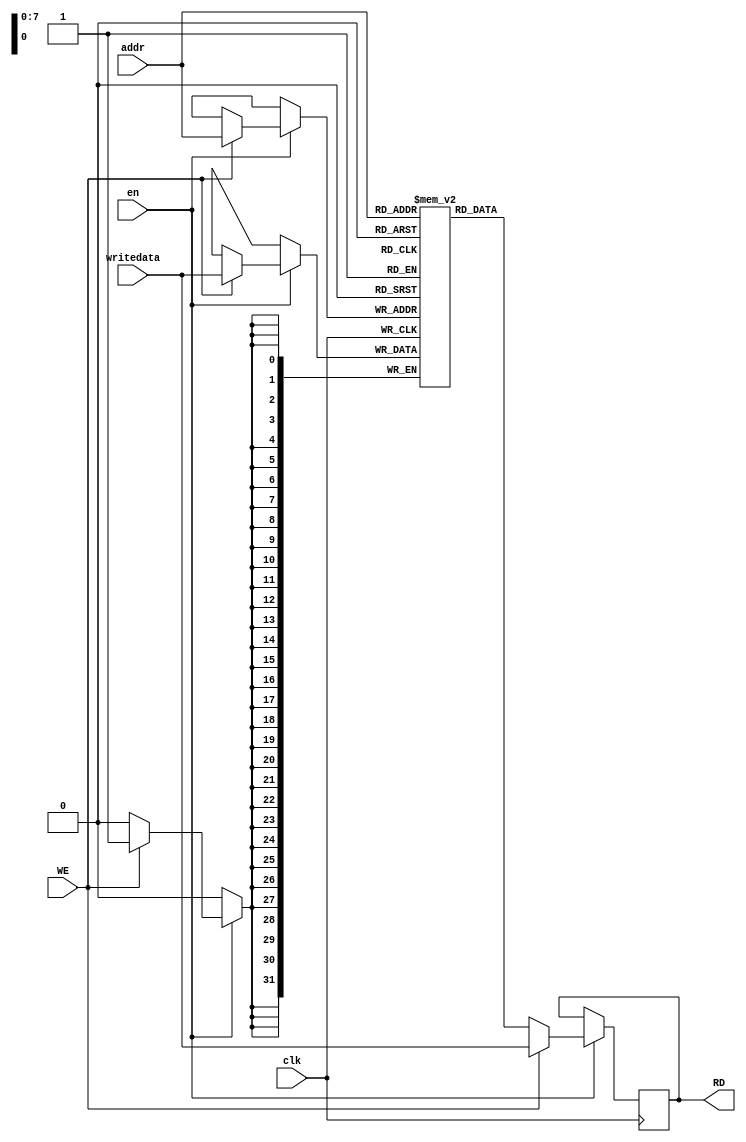
`timescale 1ns / 1ps

// Write First Mode

module DataMemoryRAM #(parameter DEPTH=256,ADDRESS_WIDTH=8,DATA_WIDTH=32)
   (
    input 			clk,
    input 			en,
    input 			WE,
    input [ADDRESS_WIDTH-1:0] 	addr,
    input [DATA_WIDTH-1:0] 	writedata,
    output reg [DATA_WIDTH-1:0] RD
    );

   reg [DATA_WIDTH-1:0] 	      RAM [DEPTH-1:0];

   initial
     begin
	//$readmemb("InstructionMemoryRAM.data",RAM,0,DEPTH-1);
	
RD = 32'b00000000000000000000000000000000;

RAM[0] = 32'b10010100001000000110111100101111;
RAM[1] = 32'b11011001011011011000111111110000;
RAM[2] = 32'b00000000111111111100000000111111;
RAM[3] = 32'b11111111111111111111111111111110;
RAM[4] = 32'b01110000001000001111001001111011;
RAM[5] = 32'b01001001111111100110110001110110;
RAM[6] = 32'b01010001110001000000100111110010;
RAM[7] = 32'b11111100000001001000001000100110;
RAM[8] = 32'b00100000011001110110000010011111;
RAM[9] = 32'b01101001110111010110100001010100;
RAM[10] = 32'b00010111010100001010011001110111;
RAM[11] = 32'b10011101001001111001111000100011;
RAM[12] = 32'b00111110000011011001101100100101;
RAM[13] = 32'b11000100111101001010001100101110;
RAM[14] = 32'b00111111000110100001010001011001;
RAM[15] = 32'b01010001000001011101001011001001;
RAM[16] = 32'b10110101001011100111101101111110;
RAM[17] = 32'b00001011100001101010111101000100;
RAM[18] = 32'b10111000100101110111010000000111;
RAM[19] = 32'b10000101110100001011111100101010;
RAM[20] = 32'b00111100010110100111000000010001;
RAM[21] = 32'b01010011110001000101001000010000;
RAM[22] = 32'b10110000000001000010111111011010;
RAM[23] = 32'b00110010010001111010100010101001;
RAM[24] = 32'b00010110101110000010010010000101;
RAM[25] = 32'b10010111100001111011111010101110;
RAM[26] = 32'b11110000110101011100101000011110;
RAM[27] = 32'b00010011111111001110100101010111;
RAM[28] = 32'b11010111001111000101110100001110;
RAM[29] = 32'b11010101110010111110011001111000;
RAM[30] = 32'b00101110100001101001000011101101;
RAM[31] = 32'b11001100110001010010010001011110;
RAM[32] = 32'b01110110010110010111011001010101;
RAM[33] = 32'b01000001100000110000111001110100;
RAM[34] = 32'b00010100100000100110000011111111;
RAM[35] = 32'b01000000010111110010010110001111;
RAM[36] = 32'b10010011110001000100110010000101;
RAM[37] = 32'b10000010110000000111011111110100;
RAM[38] = 32'b11001100000011110000111000000001;
RAM[39] = 32'b10101111010101001000110100101010;
RAM[40] = 32'b01100010111001011110001001011001;
RAM[41] = 32'b11111100010111000010001011001000;
RAM[42] = 32'b11000001110000100000011011001010;
RAM[43] = 32'b01001010111100100010100011101001;
RAM[44] = 32'b10000100111111111000001110110101;
RAM[45] = 32'b10100101110001010000010011111100;
RAM[46] = 32'b01000011010000000010110001111101;
RAM[47] = 32'b00101001101101001100010001010000;
RAM[48] = 32'b01111100100110111111001111001100;
RAM[49] = 32'b01100001000101011001000111110010;
RAM[50] = 32'b10000110100010100000000111011101;
RAM[51] = 32'b00101011011010000000100000010000;
RAM[52] = 32'b01000110000001011010111101001101;
RAM[53] = 32'b00100010010100001100111101110111;
RAM[54] = 32'b10111001000010000101010101010101;
RAM[55] = 32'b01110100110011010000101010111111;
RAM[56] = 32'b00001100011101100101001100111010;
RAM[57] = 32'b01010110000001000010010011011111;
RAM[58] = 32'b01010110010000011111010000111001;
RAM[59] = 32'b10000000110010101000000001011000;
RAM[60] = 32'b11011110010111000000000010101110;
RAM[61] = 32'b01110000100000000100100111100001;
RAM[62] = 32'b01001010110110111111110001000010;
RAM[63] = 32'b10000101000111000110010011111011;
RAM[64] = 32'b01111001011101011111110001101010;
RAM[65] = 32'b10100101010100010111011100110011;
RAM[66] = 32'b00010000101111110001110111011001;
RAM[67] = 32'b00000011101000100111010100010011;
RAM[68] = 32'b11110011101100101111010110000111;
RAM[69] = 32'b10111000011010001110011111111010;
RAM[70] = 32'b10100100010110111011100010100001;
RAM[71] = 32'b01100100001000110001011111011010;
RAM[72] = 32'b00000110100011111011101011111011;
RAM[73] = 32'b11010110100011011100110100000111;
RAM[74] = 32'b01010010010100001101010110111011;
RAM[75] = 32'b01001101011111110101000101111001;
RAM[76] = 32'b11010001110111010001000011111101;
RAM[77] = 32'b00011000001111011101111100000010;
RAM[78] = 32'b11101101100011010001100000001110;
RAM[79] = 32'b00010011010000100100100010001101;
RAM[80] = 32'b00000111111110001001001101111101;
RAM[81] = 32'b10100011000100110101110110001011;
RAM[82] = 32'b10110000000011111000110010001110;
RAM[83] = 32'b10100100100000010011110000110011;
RAM[84] = 32'b10111000001001101101001000101000;
RAM[85] = 32'b01111100010000111101100101010010;
RAM[86] = 32'b11010010111110001100101111111001;
RAM[87] = 32'b10000101010010001000000011111101;
RAM[88] = 32'b10111101101010100111111100010001;
RAM[89] = 32'b01111100000101101010101111111101;
RAM[90] = 32'b11001101100101110111111000101010;
RAM[91] = 32'b10001010111110011101011111111010;
RAM[92] = 32'b00110011000110000010011100011011;
RAM[93] = 32'b00101001100010010010110110000100;
RAM[94] = 32'b01111100100001101110011111000000;
RAM[95] = 32'b11100110110100011111000110100001;
RAM[96] = 32'b10001101000100011001011010000010;
RAM[97] = 32'b01000011010100010111001101111110;
RAM[98] = 32'b01011101000001010100111101010110;
RAM[99] = 32'b01110111111001100101001011111111;
RAM[100] = 32'b01110000110011010110100011100001;
RAM[101] = 32'b11001000100011010111111000110100;
RAM[102] = 32'b00010011000110011100010011110110;
RAM[103] = 32'b11111111110010101101000101001010;
RAM[104] = 32'b10011100010111110100101100010111;
RAM[105] = 32'b11010110001110001101100100001011;
RAM[106] = 32'b10001101100101100111111101111101;
RAM[107] = 32'b10100111110001001100010001000011;
RAM[108] = 32'b10111001011001110100001011001110;
RAM[109] = 32'b11111001110101100100110001000000;
RAM[110] = 32'b10100101000011010011010000010111;
RAM[111] = 32'b10011001001101001101000100011100;
RAM[112] = 32'b10100110001011000001000100001000;
RAM[113] = 32'b10011101111010010001000100110111;
RAM[114] = 32'b11110101001100100111010011000110;
RAM[115] = 32'b10111110101100010100100010010011;
RAM[116] = 32'b00000101011001100101100010010101;
RAM[117] = 32'b00100110000010001011111001101111;
RAM[118] = 32'b10111010100001011000100111000110;
RAM[119] = 32'b00111110100111001110110010111011;
RAM[120] = 32'b11100001000110001110011110100001;
RAM[121] = 32'b11111100001111000111000101100101;
RAM[122] = 32'b01101101010110111001010000101100;
RAM[123] = 32'b01010000111011011000110011000001;
RAM[124] = 32'b10000100000110001100010101111001;
RAM[125] = 32'b00111111111001110110001111001011;
RAM[126] = 32'b00000111100101000111100010100000;
RAM[127] = 32'b10101010101010101010101010101010;
RAM[128] = 32'b10110100001100110000100001111110;
RAM[129] = 32'b10110110101101101111111001100101;
RAM[130] = 32'b10011111010001111000100010011000;
RAM[131] = 32'b00001111010011001000010110001001;
RAM[132] = 32'b00100010011101111100001110100011;
RAM[133] = 32'b01101011000011001001001100100111;
RAM[134] = 32'b00111011011111001010001011110000;
RAM[135] = 32'b10100011000100111011110001101000;
RAM[136] = 32'b01000110001000110111011001011001;
RAM[137] = 32'b10110110100101110000100110000010;
RAM[138] = 32'b10111110110001111110101001010111;
RAM[139] = 32'b00011101001010101101111100001111;
RAM[140] = 32'b01110100111010011000110110010100;
RAM[141] = 32'b11110001111111011010110100001000;
RAM[142] = 32'b01001001110010100111010010001011;
RAM[143] = 32'b01111100100000001101000110001111;
RAM[144] = 32'b00010111111011001001101001010100;
RAM[145] = 32'b11110001111110100111101011110010;
RAM[146] = 32'b10110000101000000001011011111110;
RAM[147] = 32'b11101100111111011010100011000100;
RAM[148] = 32'b01011000110000000101100110101000;
RAM[149] = 32'b10100111011111110100101000000000;
RAM[150] = 32'b01001111010101010111100000011011;
RAM[151] = 32'b11001101001101000100100100010111;
RAM[152] = 32'b11000011000000101100101100101000;
RAM[153] = 32'b10010000001000111110011010100111;
RAM[154] = 32'b11111110000001011111011110001110;
RAM[155] = 32'b00100100100000110100010100111101;
RAM[156] = 32'b11110110000001100110010011000010;
RAM[157] = 32'b11100100100111000101001101101001;
RAM[158] = 32'b10101100111001010100111110001010;
RAM[159] = 32'b00011110011001110110111011000010;
RAM[160] = 32'b01000100011110010111011001001110;
RAM[161] = 32'b11010001010110011000110110000101;
RAM[162] = 32'b00001011110110010111011111010000;
RAM[163] = 32'b11001011110110001110001111110111;
RAM[164] = 32'b00100011110010011011001000101110;
RAM[165] = 32'b10010101011110010100010010011110;
RAM[166] = 32'b11110100011010111101101001110011;
RAM[167] = 32'b10010010010111101100110010110110;
RAM[168] = 32'b11110100001100111111111010101001;
RAM[169] = 32'b01000000111101010101011001011001;
RAM[170] = 32'b11101100101111010111001011011000;
RAM[171] = 32'b10011110111000111001110000110010;
RAM[172] = 32'b00111000110011100101001001101001;
RAM[173] = 32'b01010011011110011001011000011101;
RAM[174] = 32'b01101001011101011011101011100011;
RAM[175] = 32'b10101101110100010101011101111000;
RAM[176] = 32'b11001010111111011001100011101100;
RAM[177] = 32'b00011110000100011100100011000011;
RAM[178] = 32'b01011001001001110101101001101010;
RAM[179] = 32'b10100100111000110101000011011010;
RAM[180] = 32'b00100101011001100010010101011101;
RAM[181] = 32'b01100110110100100010011000011001;
RAM[182] = 32'b11111110011010010110111111101100;
RAM[183] = 32'b11100000110111010001111000011010;
RAM[184] = 32'b00000011110001011000110110011111;
RAM[185] = 32'b10110000010000110011110110001110;
RAM[186] = 32'b11101001100111011111010100011101;
RAM[187] = 32'b01101110111011000110010010011000;
RAM[188] = 32'b11010111110000011011110110010011;
RAM[189] = 32'b11010001101100010011110110010101;
RAM[190] = 32'b01001100111010110011110000101001;
RAM[191] = 32'b10001001111110011110111100110111;
RAM[192] = 32'b01111100111000011110001011010110;
RAM[193] = 32'b00010011011011100011101011100000;
RAM[194] = 32'b10111101011110110001101011001100;
RAM[195] = 32'b10101111100001110001001110101010;
RAM[196] = 32'b00110001101110010100100001011111;
RAM[197] = 32'b00001010001000111010010010100000;
RAM[198] = 32'b10001101111111001001101010110111;
RAM[199] = 32'b11100101110001111100011110001110;
RAM[200] = 32'b01100111010101010100011011000100;
RAM[201] = 32'b01010101100110101100000110101100;
RAM[202] = 32'b11110101001110101001000101100001;
RAM[203] = 32'b11110110000101111001001110110111;
RAM[204] = 32'b00101011010000100110101010111011;
RAM[205] = 32'b00000110000001000001001100101011;
RAM[206] = 32'b01100100101111111100111010000100;
RAM[207] = 32'b11010001010101001000110100100111;
RAM[208] = 32'b11010010110010001000111111010101;
RAM[209] = 32'b01101011111011001110000110101111;
RAM[210] = 32'b00000110000111000100101100110010;
RAM[211] = 32'b11010110101011010110101010110011;
RAM[212] = 32'b10111011011100011110000100000100;
RAM[213] = 32'b11111100011010101011010010100101;
RAM[214] = 32'b01010010011110001101000011010000;
RAM[215] = 32'b11101101011101110100000110010010;
RAM[216] = 32'b11010000011000100110011101101001;
RAM[217] = 32'b10011011001010111011101110000010;
RAM[218] = 32'b11100110100001111011000100001100;
RAM[219] = 32'b10011110111110001111101101010011;
RAM[220] = 32'b01010101110011000000011001000100;
RAM[221] = 32'b10010011111001111111000000001000;
RAM[222] = 32'b10010101010101000110110110111010;
RAM[223] = 32'b01110101000010011010110101011110;
RAM[224] = 32'b10111101001100110001000010110011;
RAM[225] = 32'b00011101111010110110110101001111;
RAM[226] = 32'b11000000010111111000101101110011;
RAM[227] = 32'b01000000101000110110011001111001;
RAM[228] = 32'b00000001111101000100000110000000;
RAM[229] = 32'b10010011000010000100111011010001;
RAM[230] = 32'b00011101011111110001111010110101;
RAM[231] = 32'b00010000111101011000000101001011;
RAM[232] = 32'b01000001100111001101100110100111;
RAM[233] = 32'b01101000000110111100111011100010;
RAM[234] = 32'b00110100101100001000101110110010;
RAM[235] = 32'b00011011010010010110101000110010;
RAM[236] = 32'b11101111010110001000010111010111;
RAM[237] = 32'b11100100001000000000111001101010;
RAM[238] = 32'b11010010010110110111011100111110;
RAM[239] = 32'b00000101010111000011110111100010;
RAM[240] = 32'b01010101000111111100001100001111;
RAM[241] = 32'b01000010000111100100010000011101;
RAM[242] = 32'b11111100101010000000100100010101;
RAM[243] = 32'b00011010010010010011111101100110;
RAM[244] = 32'b11000100000000101100011000010111;
RAM[245] = 32'b11011011101101010010111111011010;
RAM[246] = 32'b11101000010100000011100011001100;
RAM[247] = 32'b01110100001100100011011001010100;
RAM[248] = 32'b01000010001001001110010100011010;
RAM[249] = 32'b11011101011001100001100000101000;
RAM[250] = 32'b00010010100001000011011000011011;
RAM[251] = 32'b11011111011011011001101100010001;
RAM[252] = 32'b11010100110001111100110010100010;
RAM[253] = 32'b10111100000011101110010010000101;
RAM[254] = 32'b11010010100011100010110010010001;
RAM[255] = 32'b11011010011100000111011000100010;
     end // initial begin
   
   always @(posedge clk)
     begin
	if(en)	    
	  begin
	     if(WE)
	       begin
		  RAM[addr]<=writedata;
		  RD<=writedata;
	       end
	     else
	       RD<=RAM[addr];
	     
	  end // if (en)
     end // always @ (posedge clk)
   
endmodule // DataMemoryRAM